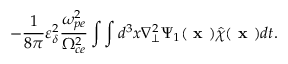
- \frac { 1 } { 8 \pi } \varepsilon _ { \delta } ^ { 2 } \frac { \omega _ { p e } ^ { 2 } } { \Omega _ { c e } ^ { 2 } } \int \int d ^ { 3 } x \nabla _ { \perp } ^ { 2 } \Psi _ { 1 } ( \textbf { x } ) \hat { \chi } ( \textbf { x } ) d t .